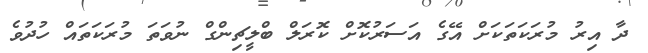
ދާ އިރު މުރަކަތަކަށް އޭގެ އަސަރުކޮށް ކޮރަލް ބްލީޗިންގް ނުވަތަ މުރަކަތައް ހުދުވެ